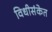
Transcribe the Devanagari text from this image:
विधीसंकेत